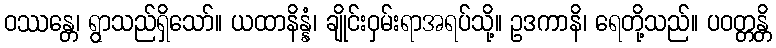
ဝဿန္တေ၊ ရွာသည်ရှိသော်။ ယထာနိန္နံ၊ ချိုင်းဝှမ်းရာအရပ်သို့။ ဥဒကာနိ၊ ရေတို့သည်။ ပဝတ္တန္တိ